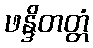
ဖန္ဒိတတ္တံ